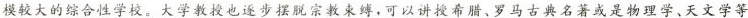
模较大的综合性学校。大学教授也逐步摆脱宗教束缚，可以讲授希腊、罗马古典名著或是物理学、天文学等